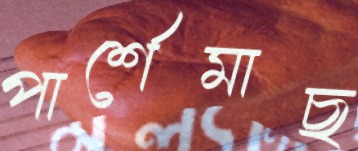
পার্শেমাছ